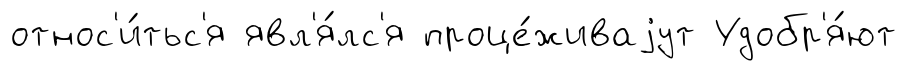
относ'и́тьс'я явл'я́лс'я проце́живаjут Удобр'я́ют